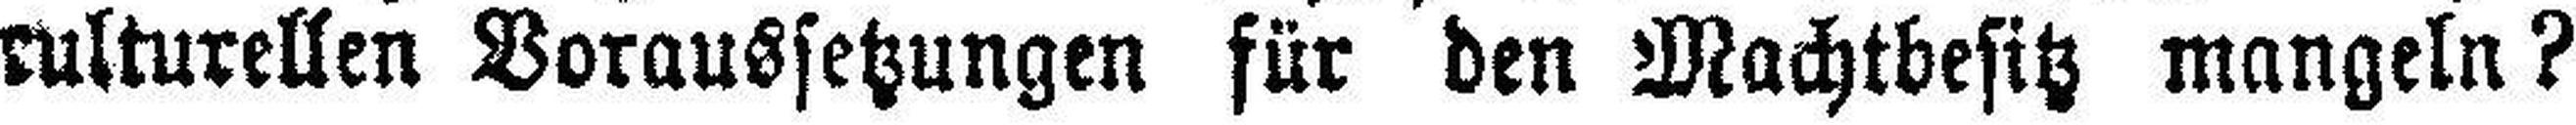
culturellen Voraussetzungen für den Machtbesitz mangeln?